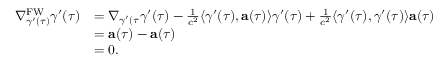
\begin{array} { r l } { \nabla _ { \gamma ^ { \prime } ( \tau ) } ^ { \mathrm { F W } } \gamma ^ { \prime } ( \tau ) } & { = \nabla _ { \gamma ^ { \prime } ( \tau } \gamma ^ { \prime } ( \tau ) - \frac { 1 } { c ^ { 2 } } \langle \gamma ^ { \prime } ( \tau ) , \mathbf { a } ( \tau ) \rangle \gamma ^ { \prime } ( \tau ) + \frac { 1 } { c ^ { 2 } } \langle \gamma ^ { \prime } ( \tau ) , \gamma ^ { \prime } ( \tau ) \rangle \mathbf { a } ( \tau ) } \\ & { = \mathbf { a } ( \tau ) - \mathbf { a } ( \tau ) } \\ & { = 0 . } \end{array}